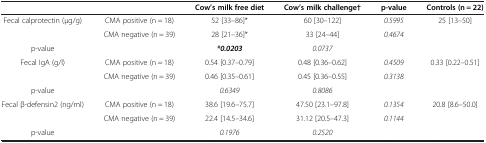
|  |  | Cow’s milk free diet | Cow’s milk challenge† | p-value | Controls (n = 22) |
 | --- | --- | --- | --- | --- | --- |
 | <ROWSPAN=2> Fecal calprotectin (μg/g) | CMA positive (n = 18) | 52 [33–86]* | 60 [30–122] | 0.5995 | <ROWSPAN=2> 25 [13–50] |
 | CMA negative (n = 39) | 28 [21–36]* | 33 [24–44] | 0.4674 |
 | p-value |  | *0.0203 | 0.0737 |  |  |
 | <ROWSPAN=2> Fecal IgA (g/l) | CMA positive (n = 18) | 0.54 [0.37–0.79] | 0.48 [0.36–0.62] | 0.4509 | <ROWSPAN=2> 0.33 [0.22–0.51] |
 | CMA negative (n = 39) | 0.46 [0.35–0.61] | 0.45 [0.36–0.55] | 0.3138 |
 | p-value |  | 0.6349 | 0.8086 |  |  |
 | <ROWSPAN=2> Fecal β-defensin2 (ng/ml) | CMA positive (n = 18) | 38.6 [19.6–75.7] | 47.50 [23.1–97.8] | 0.1354 | <ROWSPAN=2> 20.8 [8.6–50.0] |
 | CMA negative (n = 39) | 22.4 [14.5–34.6] | 31.12 [20.5–47.3] | 0.1144 |
 | p-value |  | 0.1976 | 0.2520 |  |  |